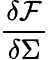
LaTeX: \frac{\delta\mathcal{F}}{\delta\Sigma}